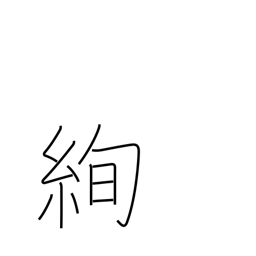
Meaning: brilliant fabric design